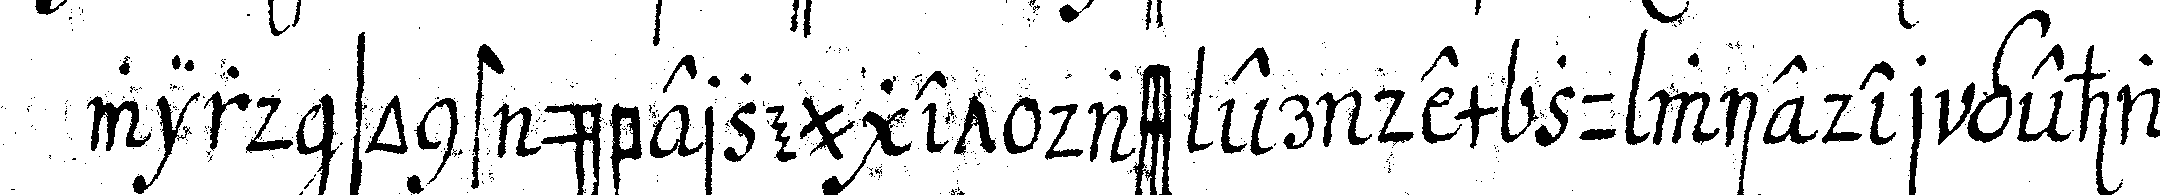
wird sonst überzeuget dass er dem zu wieder gehan